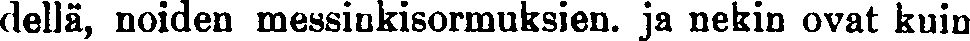
dellä, noiden messinkisormuksien. ja nekin ovat kuin